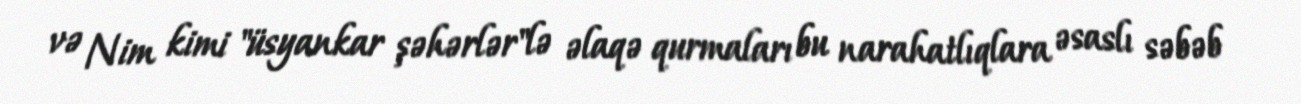
və Nim kimi "üsyankar şəhərlər"lə əlaqə qurmaları bu narahatlıqlara əsaslı səbəb